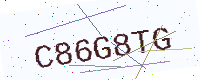
Text: C86G8TG